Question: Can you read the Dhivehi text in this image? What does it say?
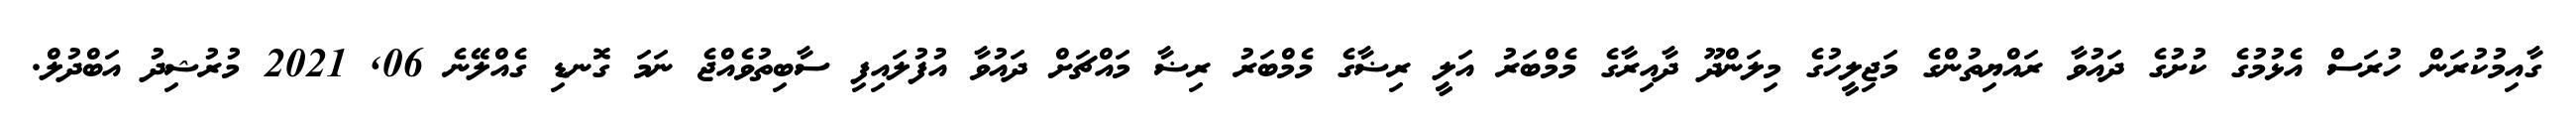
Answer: ގާއިމުކުރަން ހުރަސް އެޅުމުގެ ކުށުގެ ދައުވާ ރައްޔިތުންގެ މަޖިލީހުގެ މިލަންދޫ ދާއިރާގެ މެމްބަރު އަލީ ރިޟާގެ މެމްބަރު ރިޟާ މައްޗަށް ދައުވާ އުފުލައިފި ސާބިތުވެއްޖެ ނަމަ ގޮނޑި ގެއްލޭނެ 06, 2021 މުރުޝިދު އަބްދުލް.